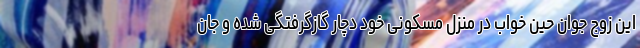
این زوج جوان حین خواب در منزل مسکونی خود دچار گازگرفتگی شده و جان